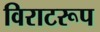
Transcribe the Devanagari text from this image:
विराटरूप